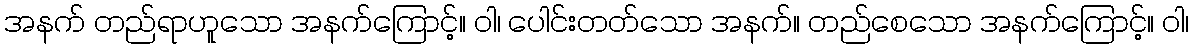
အနက် တည်ရာဟူသော အနက်ကြောင့်။ ဝါ၊ ပေါင်းတတ်သော အနက်။ တည်စေသော အနက်ကြောင့်။ ဝါ၊